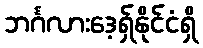
ဘင်္ဂလားဒေ့ရှ်နိုင်ငံရှိ